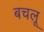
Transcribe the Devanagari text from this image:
बचलू